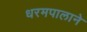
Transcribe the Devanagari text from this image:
धरमपालाने